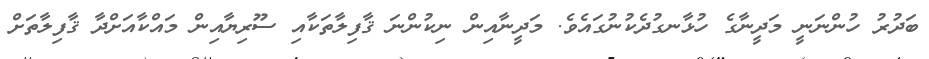
ބަދުރު ހުންނަނީ މަަދީނާގެ ހުޅާނގުދެކުނުގައެވެ. މަދީނާއިން ނިކުންނަ ޤާފިލާތަކާއި ސޫރިޔާއިން މައްކާއަށްދާ ޤާފިލާތަށް